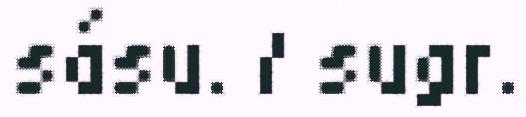
sásu. / sugr.